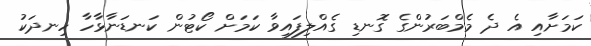
ކަމަށާއި އެ ދެ މެމްބަރުންގެ ގޮނޑި ގެއްލިފައިވާ ކަމަށް ކޯޓުން ކަނޑަނާޅާހާ ހިނދަކު